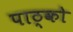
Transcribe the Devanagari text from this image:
पाठ्को